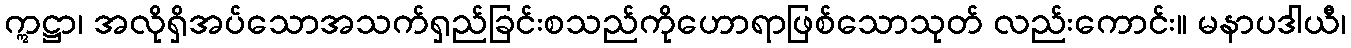
ဣဋ္ဌာ၊ အလိုရှိအပ်သောအသက်ရှည်ခြင်းစသည်ကိုဟောရာဖြစ်သောသုတ် လည်းကောင်း။ မနာပဒါယီ၊